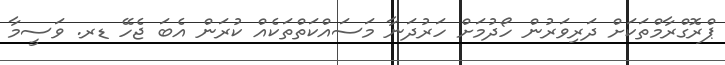
ޕްރޮގްރާމްތަކަށް ދަރިވަރުން ހޯދުމަށް ހަރުދަނާ މަސައްކަތްތަކެއް ކުރަން އެބަ ޖެހޭ ޑރ. ވަސީމާ